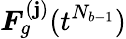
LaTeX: \boldsymbol{F}_{g}^{(\mathbf{j})}(t^{N_{b-1}})